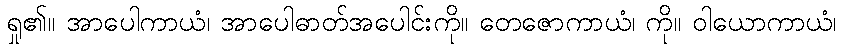
ရှု၏။ အာပေါကာယံ၊ အာပေါဓာတ်အပေါင်းကို။ တေဇောကာယံ၊ ကို။ ဝါယောကာယံ၊